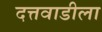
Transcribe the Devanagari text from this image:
दत्तवाडीला